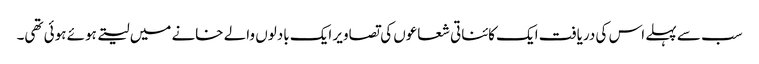
سب سے پہلے اس کی دریافت ایک کائناتی شعاعوں کی تصاویر ایک بادلوں والے خانے میں لیتے ہوئے ہوئی تھی۔